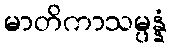
မာတိကာသမ္ပန္နံ